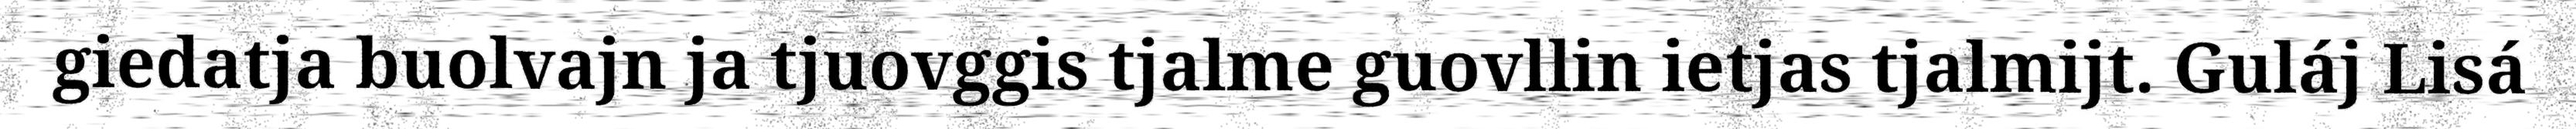
giedatja buolvajn ja tjuovggis tjalme guovllin ietjas tjalmijt. Guláj Lisá